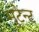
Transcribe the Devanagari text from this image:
मुटेन्ट